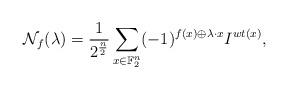
LaTeX: \begin{align*}\mathcal{N}_f(\lambda) = \frac{1}{2^{\frac{n}{2}}} \sum_{x \in \mathbb{F}_2^n} (-1)^{f(x) \oplus \lambda \cdot x}I^{wt(x)},\end{align*}